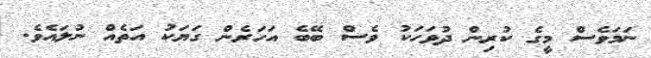
ނަމަވެސް މީގެ ކުރިން ދުވަހަކު ވެސް ބޭބެ އަހަރެން ގަޔަކު އަތެއް ނުލައެވެ.